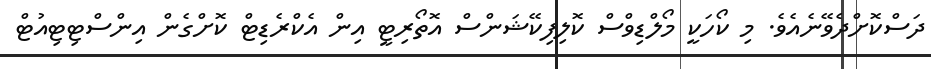
ދަސްކޮށްދެވޭނެއެވެ. މި ކޯހަކީ މޯލްޑިވްސް ކޮލިފިކޭޝަންސް އޮތޯރިޓީ އިން އެކްރެޑިޓް ކޮށްގެން އިންސްޓިޓިއުޓް